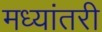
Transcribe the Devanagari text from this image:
मध्यांतरी